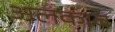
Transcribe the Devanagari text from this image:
अलकाब